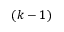
( k - 1 )